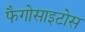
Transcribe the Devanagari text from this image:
फैगोसाइटोस